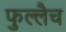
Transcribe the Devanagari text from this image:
फुल्लैच